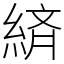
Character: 緕